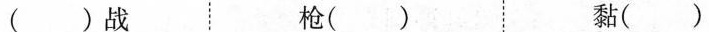
()战 枪() 黏()